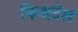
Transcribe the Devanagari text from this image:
फिशटेल